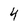
Character: 4